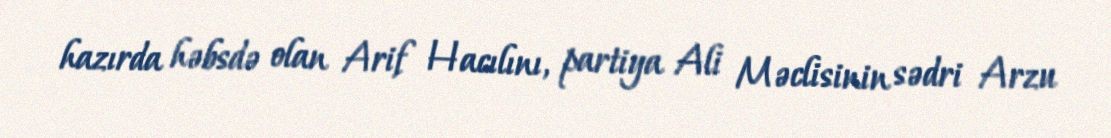
hazırda həbsdə olan Arif Hacılını, partiya Ali Məclisinin sədri Arzu